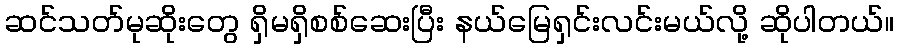
ဆင်သတ်မုဆိုးတွေ ရှိမရှိစစ်ဆေးပြီး နယ်မြေရှင်းလင်းမယ်လို့ ဆိုပါတယ်။